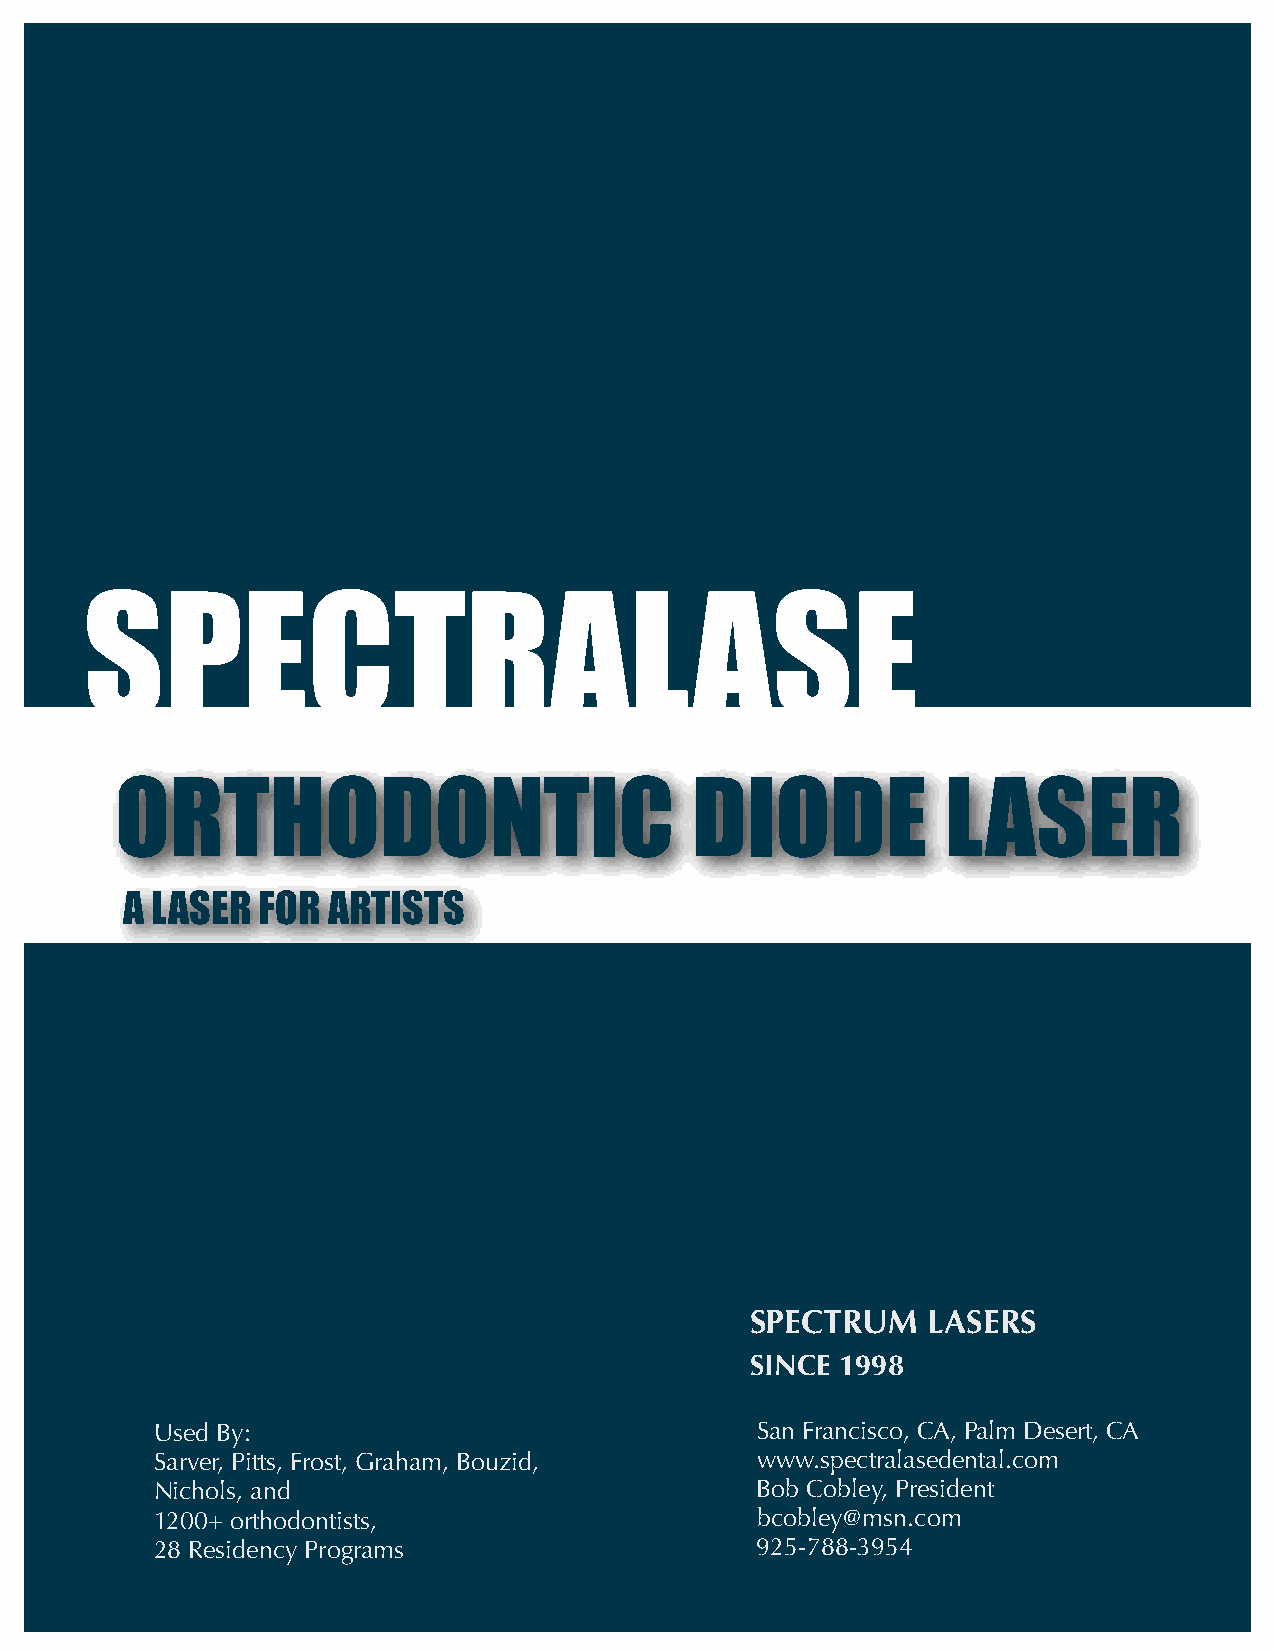
SPECTRALASE
 ORTHODONTIC                           DIODE            LASER
 A LASER  FOR  ARTISTS
 SPECTRUM   LASERS
 SINCE 1998
 Used By:                                San Francisco, CA, Palm Desert, CA
 Sarver, Pitts, Frost, Graham, Bouzid,   www.spectralasedental.com
 Nichols, and                            Bob Cobley, President
 1200+ orthodontists,                    bcobley@msn.com
 28 Residency Programs                   925-788-3954